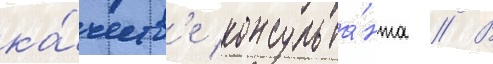
ка́честв'е консульта́нта // В